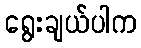
ရွေးချယ်ပါက